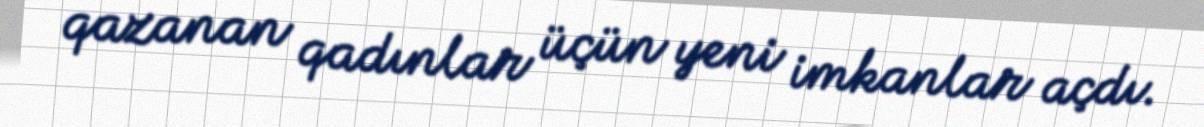
qazanan qadınlar üçün yeni imkanlar açdı.